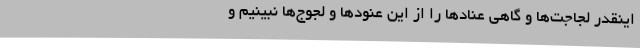
اینقدر لجاجت‌ها و گاهی عنادها را از این عنودها و لجوج‌ها نبینیم و